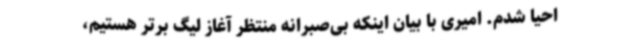
احیا شدم. امیری با بیان اینکه بی‌صبرانه منتظر آغاز لیگ برتر هستیم،